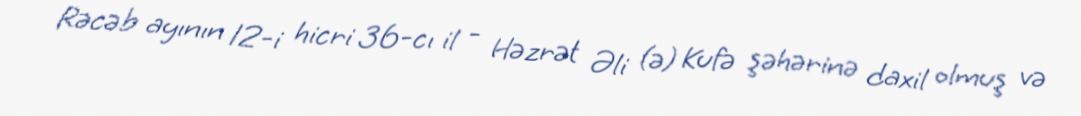
Rəcəb ayının 12-i hicri 36-cı il - Həzrət Əli (ə) Kufə şəhərinə daxil olmuş və